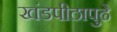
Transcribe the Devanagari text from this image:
खंडपीठापुढे